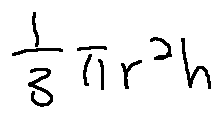
\frac { 1 } { 3 } \pi r ^ { 2 } h